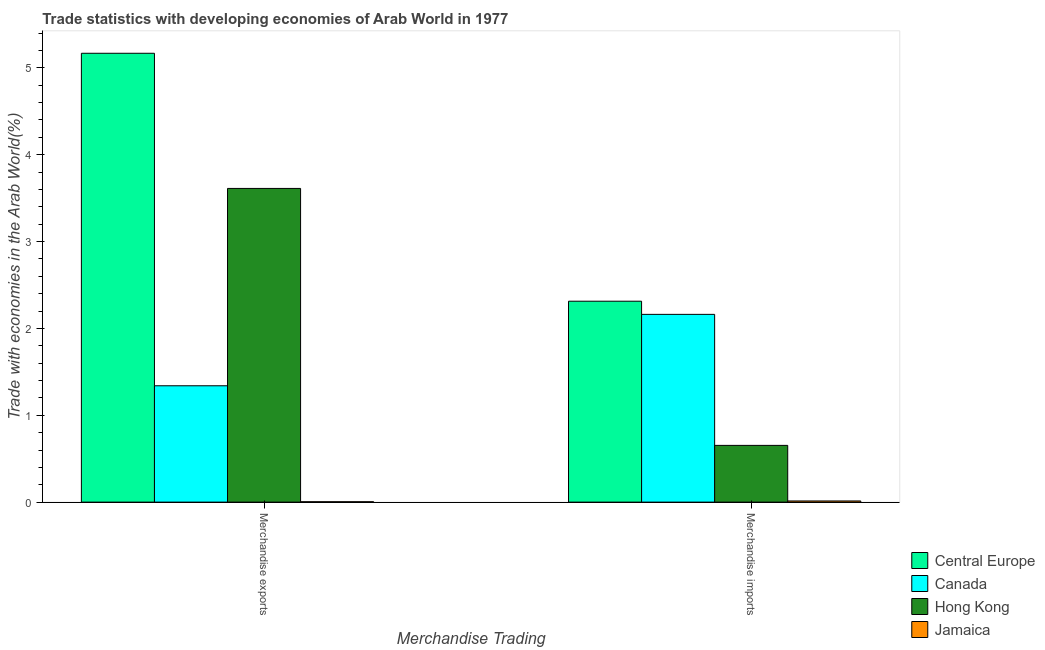
| Merchandise Trading | Central Europe | Canada | Hong Kong | Jamaica |
 | --- | --- | --- | --- | --- |
 | Merchandise exports | 5.17 | 1.34 | 3.61 | 0.00442 |
 | Merchandise imports | 2.31 | 2.16 | 0.653 | 0.0134 |